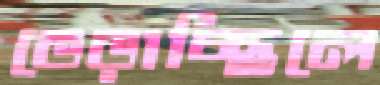
ভেড়াচ্ছিলে